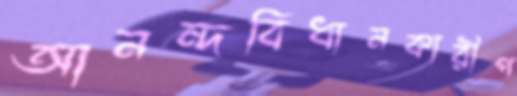
আনন্দবিধানকারীপ